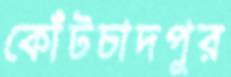
কোঁটচাদপুর